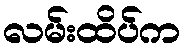
လမ်းထိပ်က